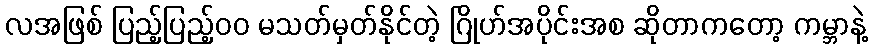
လအဖြစ် ပြည့်ပြည့်၀၀ မသတ်မှတ်နိုင်တဲ့ ဂြိုဟ်အပိုင်းအစ ဆိုတာကတော့ ကမ္ဘာနဲ့